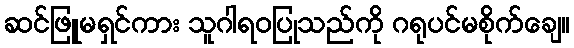
ဆင်ဖြူမရှင်ကား သူဂါရဝပြုသည်ကို ဂရုပင်မစိုက်ချေ။